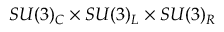
S U ( 3 ) _ { C } \times S U ( 3 ) _ { L } \times S U ( 3 ) _ { R }